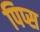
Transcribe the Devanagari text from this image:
पिप्स